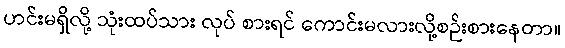
ဟင်းမရှိလို့ သုံးထပ်သား လုပ် စားရင် ကောင်းမလားလို့စဉ်းစားနေတာ။